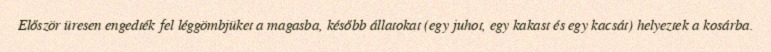
Először üresen engedték fel léggömbjüket a magasba, később állatokat (egy juhot, egy kakast és egy kacsát) helyeztek a kosárba.